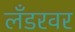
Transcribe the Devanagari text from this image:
लँडरवर